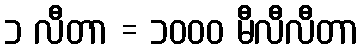
၁ လီတာ = ၁၀၀၀ မီလီလီတာ